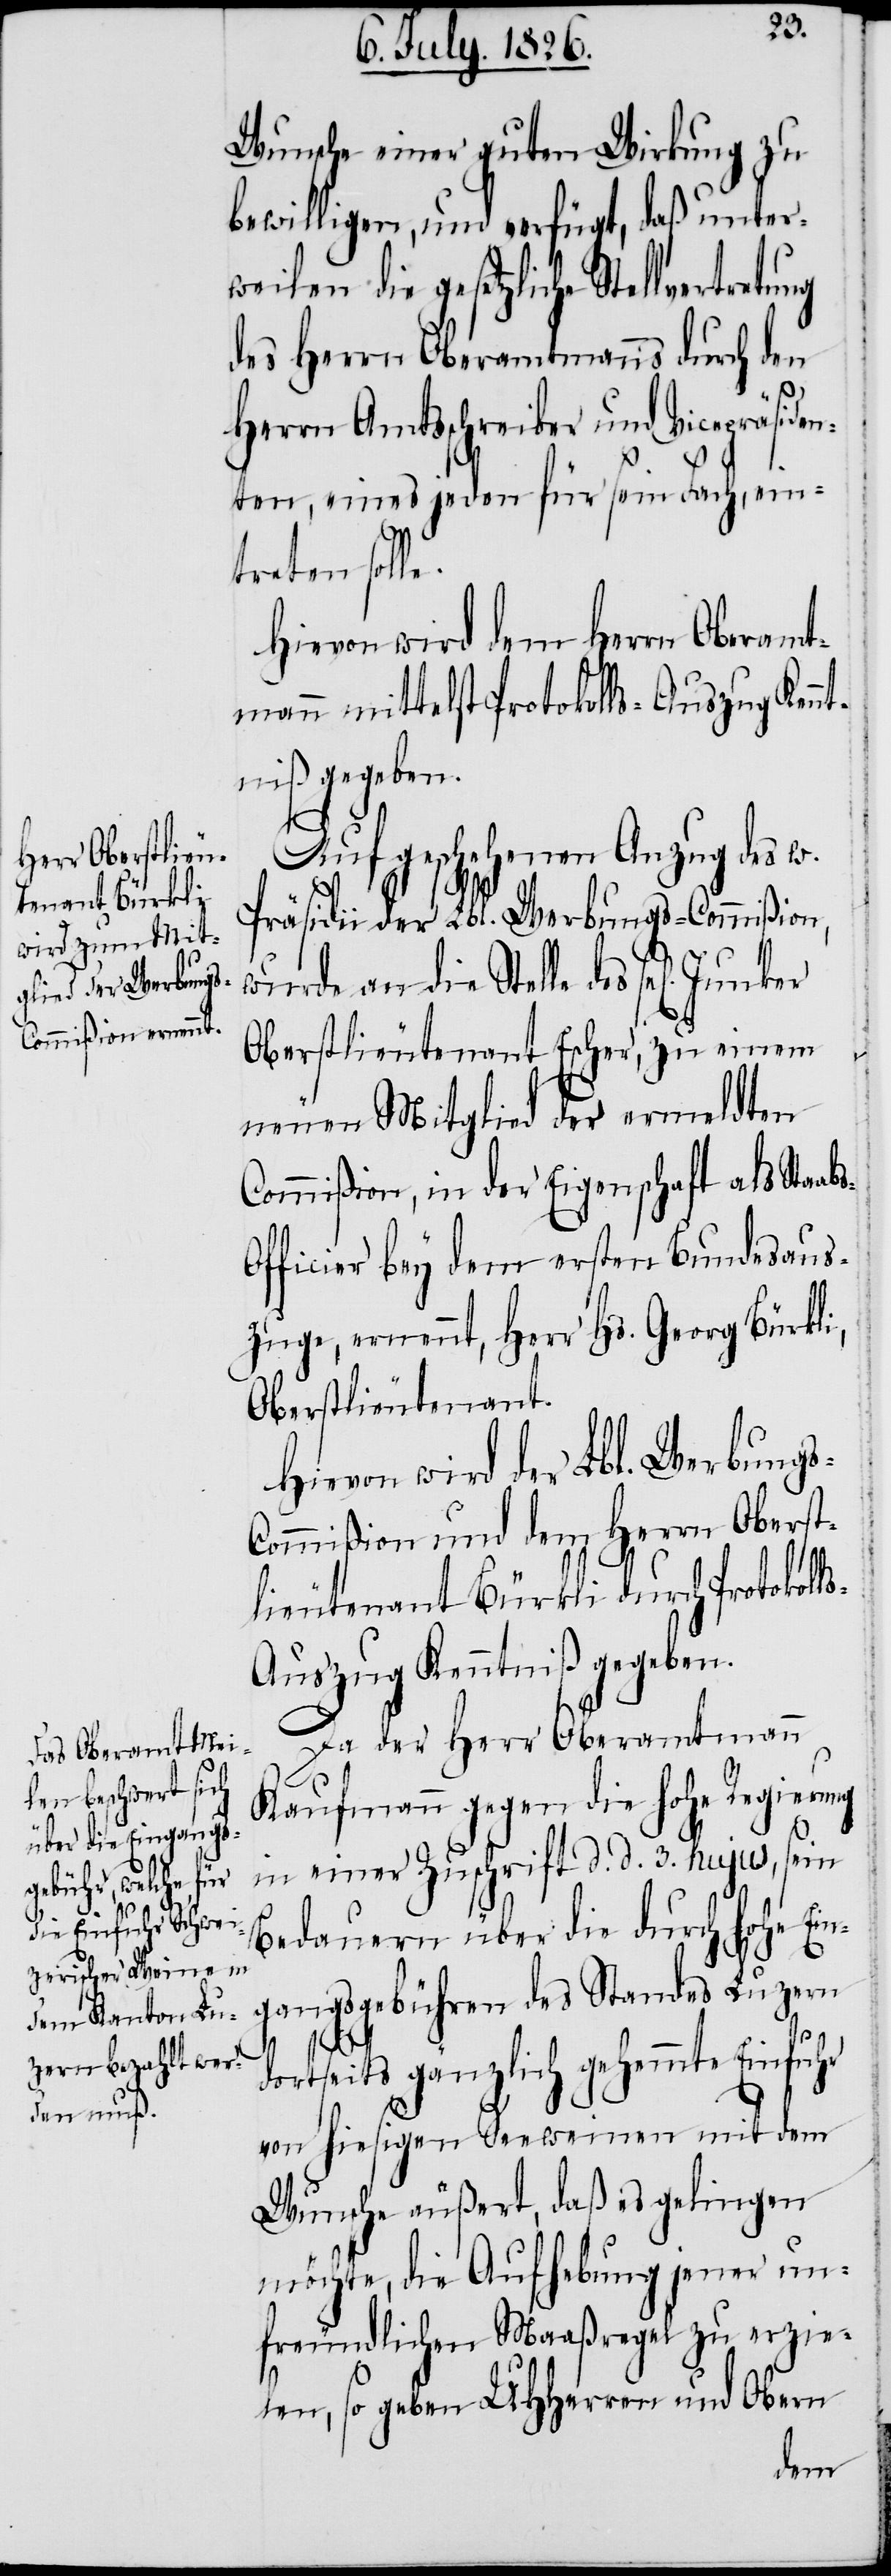
ung
s-C¬

Wunsche einer guten Wirkung zu
bewilligen, und verfügt, daß unter¬
weilen die gesetzliche Stellvertret¬
des Herrn Oberamtmanns durch den
Herrn Amtsschreiber und Vicepräsiden¬
ten, eines jeden für sein Fach, ein¬
treten soll¬
Hievon wird dem Herr Oberamt¬
mann mittelst Protokolls-Auszug Kennt¬
niß gegeben.
Auf geschehenen Anzug des w.
Präsidii der Lbl. Werbungs-Commißion
wurde an die Stelle des
Oberstlieutenant Escher, zu einem
neuen Mitglied der ermeldten
Commißion, in der Eigenschaft als Staab¬
fficier bey dem ersten Bundesaus¬
zuge, ernennt, Herr Hs. Georg Bürkli,
Oberstlieutenant.
Hievon wird der Lbl. Werbung¬
ommißion und dem Herrn Oberst¬
lieutenant Bürkli durch Protokoll¬
s-Auszug Kenntniß gegeben.
Da der Herr Oberamtmann
Kaufmann gegen die hohe Regierung
in einer Zuschrift d. d. 3. hujus, sein
Bedauern über die durch hohe Ein¬
gangsgebühren des Standes Luzern
dortseits gänzlich gehemmte Einfuhr
von hiesigen Seeweinen mit dem
Wunsche äußert, daß es gelingen
möchte, die Aufhebung jener un¬
freundlichen Maaßregel zu erzie¬
len, so geben MHHerren und Obern